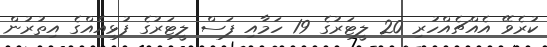
ކުރެވޭ އެއްޗެއްހުރި 20 ލީޓަރުގެ 19 ހަމާއި ފަސް ލީޓަރުގެ ފުޅިއެއްގެ އިތުރުން